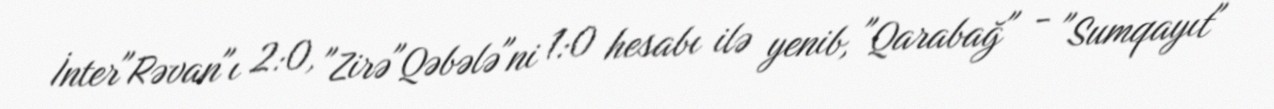
İnter"Rəvan"ı 2:0, "Zirə"Qəbələ"ni 1:0 hesabı ilə yenib, "Qarabağ" - "Sumqayıt"